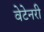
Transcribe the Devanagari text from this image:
वेटेनरी